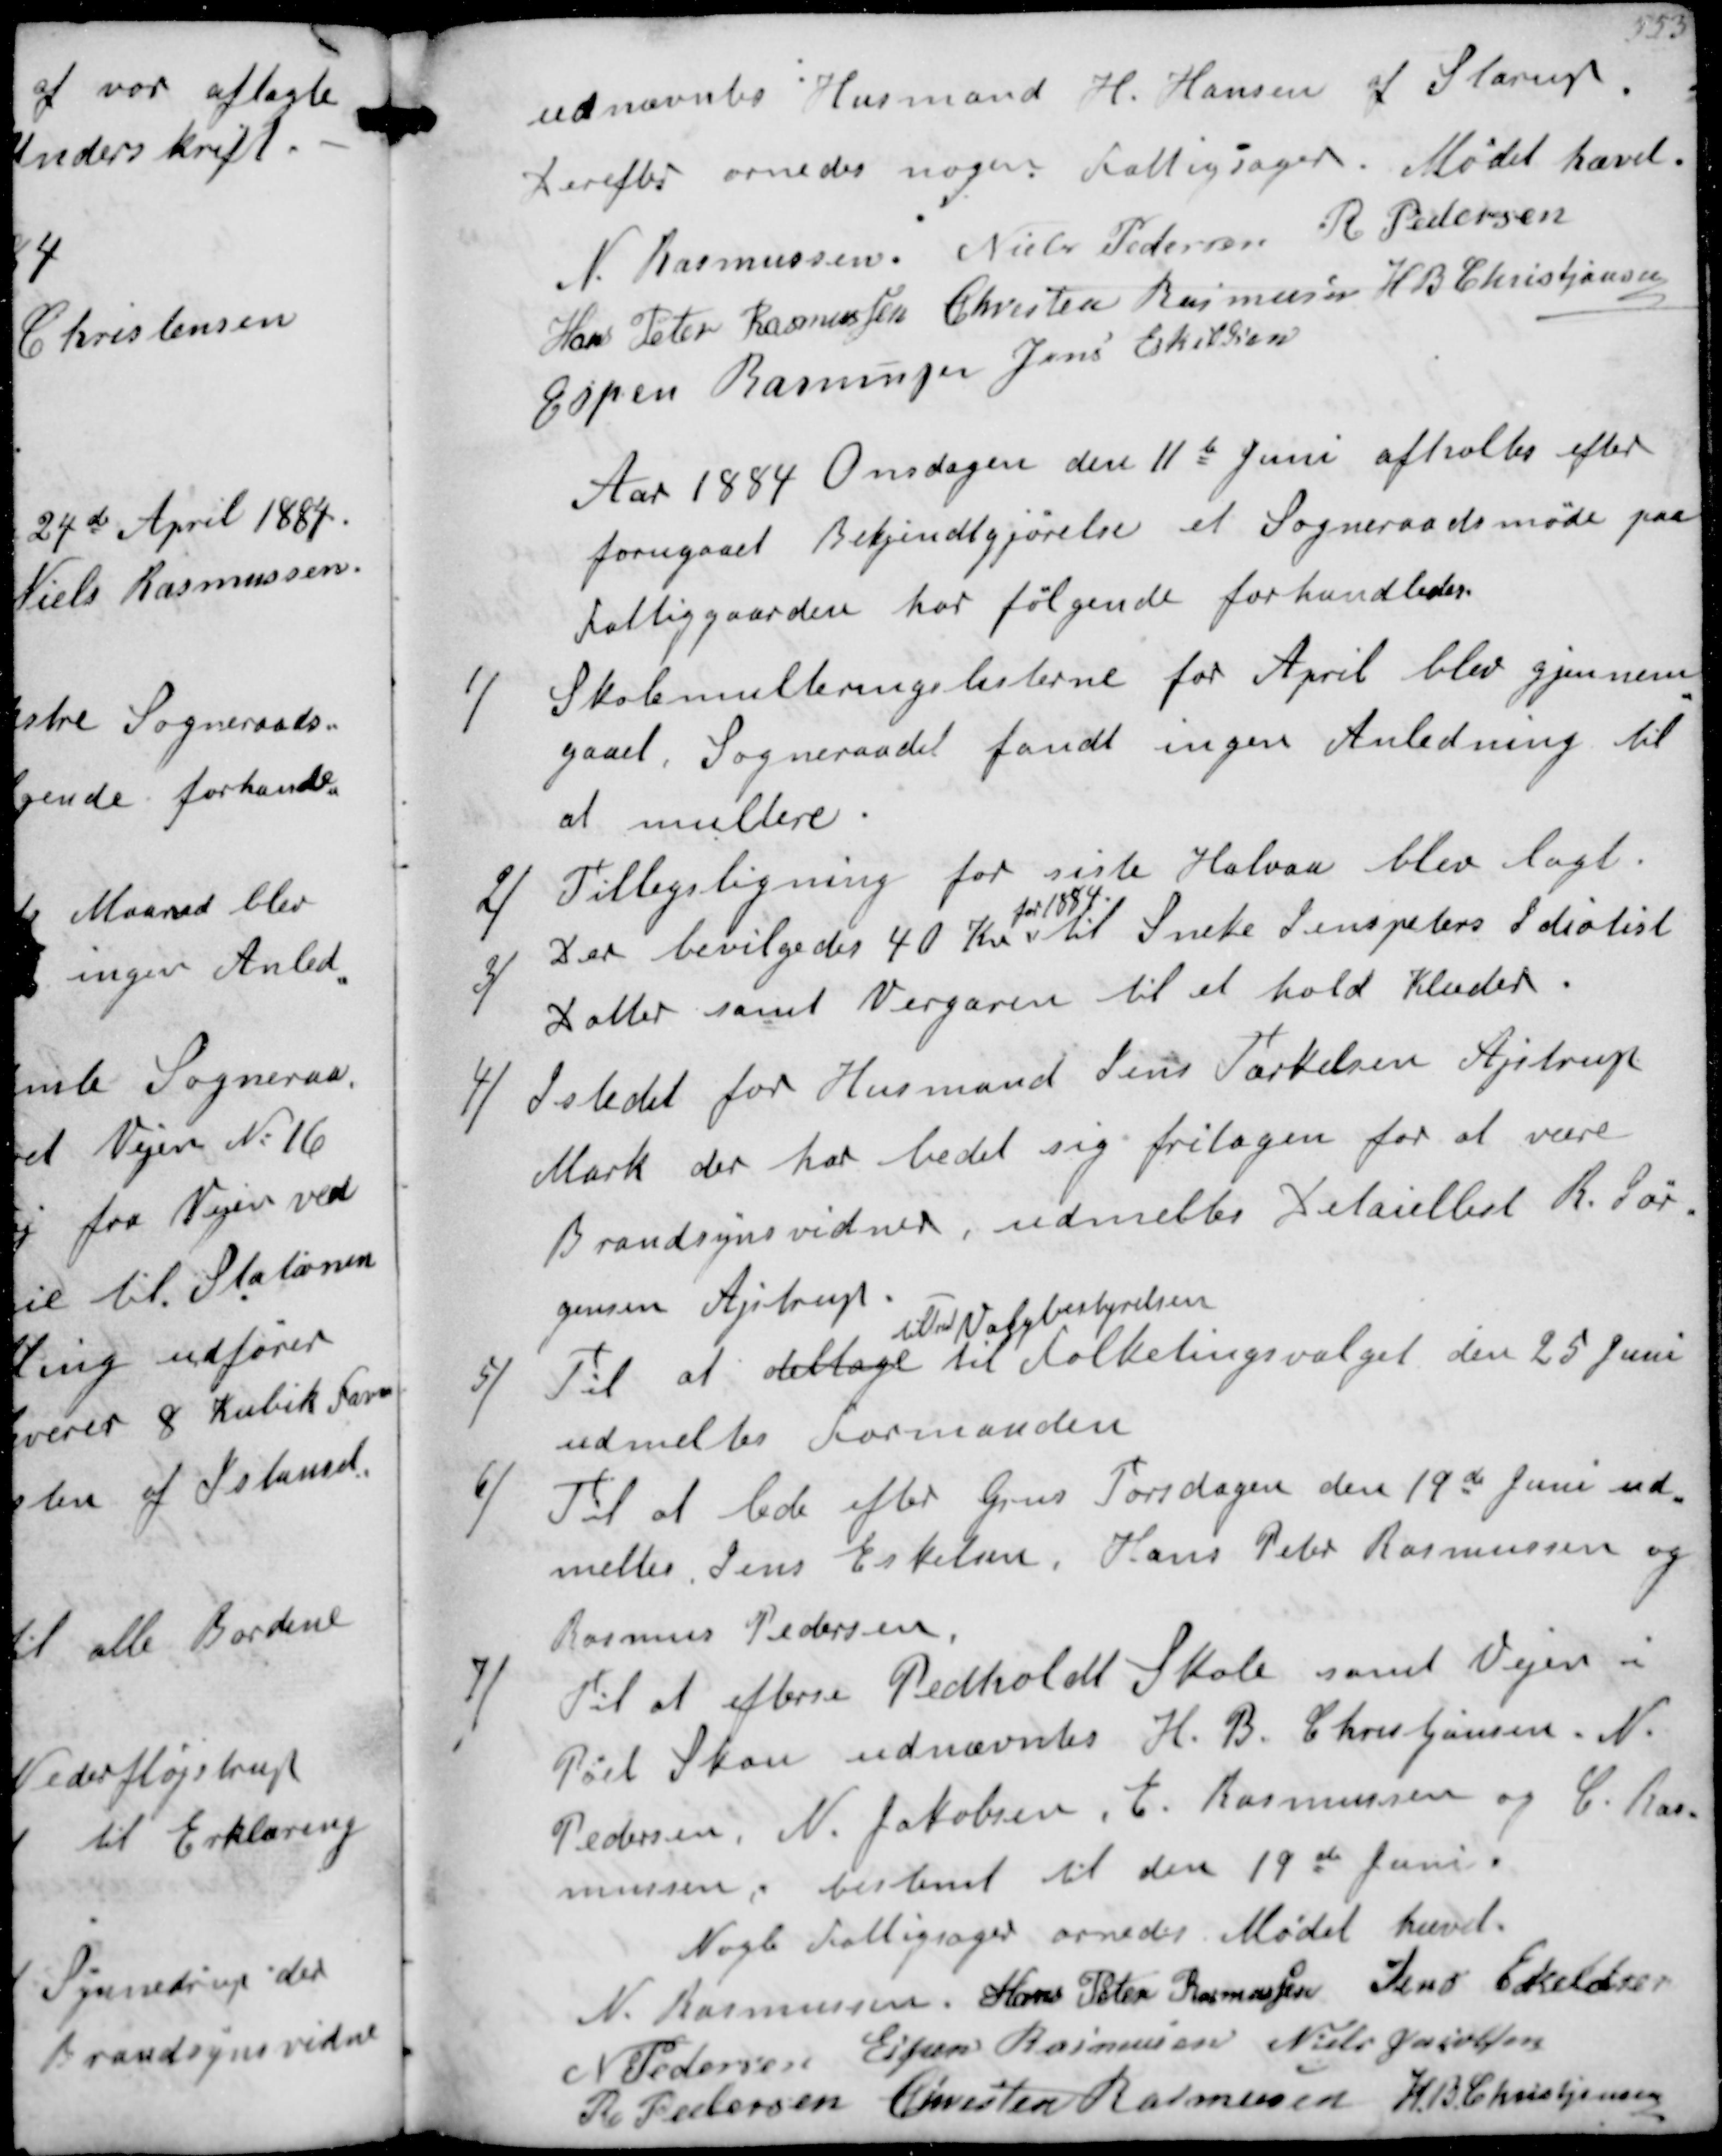
Transskription:
udnævntes Husmand H Hansen af Starup
Derefter ornedes nogen fattigsager. Mødet hævet
N Rasmussen
Niels Pedersen
R Pedersen
Hans Peter Rasmussen
Chresten Rasmussen
H B Christjansen
Espen Rasmussen
Jens Eskildsen
Aar 1884 Onsdagen den 11te Juni afholtes efter
forugaaet Bekjendtgjørelse et Sogneraadsmøde paa
Fattiggaarden hor følgende forhandledes
1/
Skolelemulteringslisterne for April gjennem-
gaaet neraadet fandt ingen Anledning til
at multere
2
Tillegsligning for siste Halvaar blev lagt
3/
Der bevilgedes 40 Kr.
for 1884
til Sneke Jenspeters Idiotisk
Datter samt Vevgaren til et hold Klæder
4/
I stedet for Husmand Jens Tærkelsen Ajstrup
Mark der har bedt sig fritagen for at være
Brandsynsvidne, udmeltes Detaillist R Jør-
gensen Ajstrup
5
Til at deltage
tiltred Valgbestyrelsen
til Folketingsvalget den 25 Juni
udmeltes Formanden
6/
Til at lede efter Grus Torsdagen den 19de Juni ud-
meltes Jens Eskilsen, Hans Peder Rasmussen og
Rasmus Pedersen
7/
Til at efterse Pedholdt Skole samt Vejen i
Pøel Skou udnævntes H B Christjansen, N
Pedersen, N Jakobsen og C Ras-
mussen, bestemt til den 19de Juni.
Nogle Fattigsager ornedes. Mødet hævet
N Rasmussen
Hans Peter Rasmussen
Jens Eskildsen
N Pedersen
Espen Rasmussen
Niels Jacobsen
R Pedersen
Chresten Rasmussen
H B Christjansen